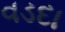
વડદા